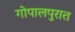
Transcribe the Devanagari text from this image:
गोपालपुरात